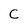
Character: C